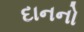
દાનનો